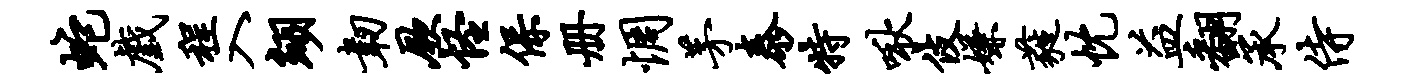
蛇戏程入翊韧厥怪保册惆茅泰特啾伎嫌蕤忱益翻承侍